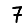
Digit: 7